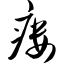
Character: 瘘